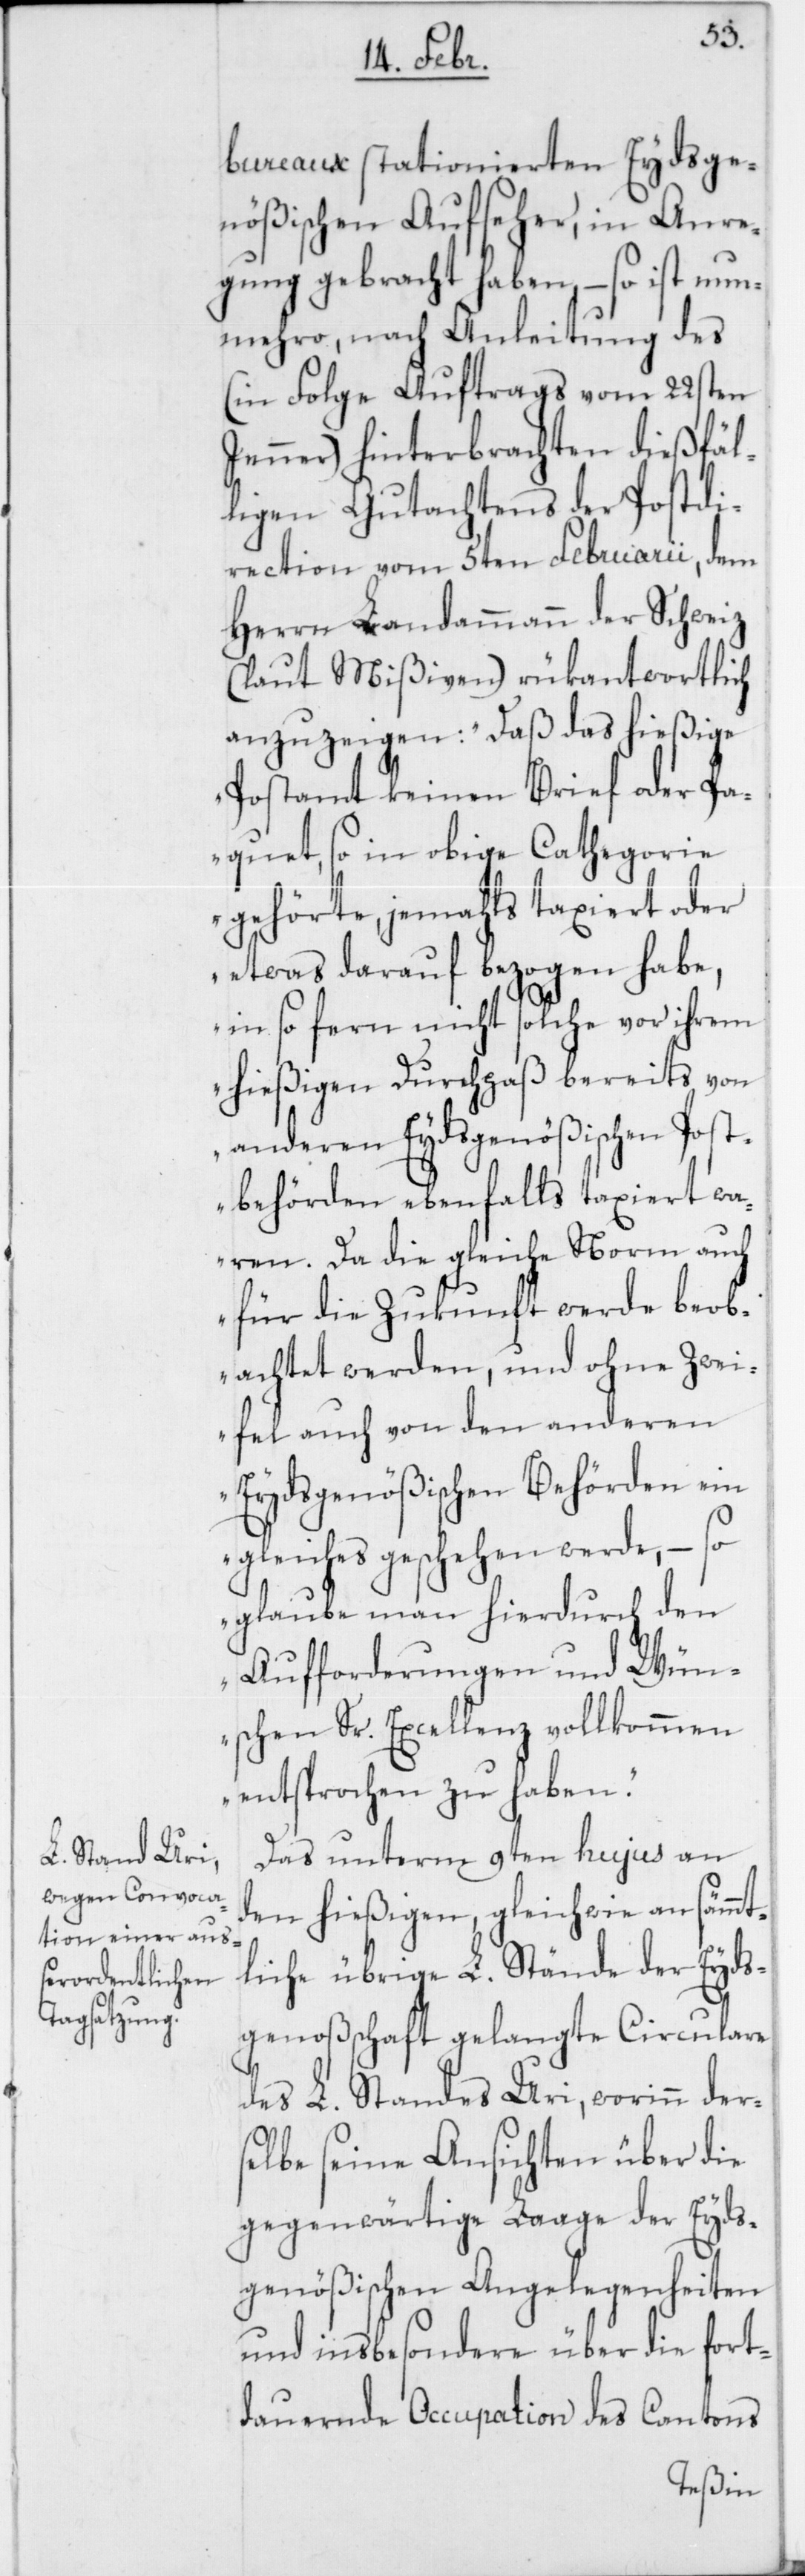
bureaux stationierten Eydsge¬
nößischen Aufseher, in Anre¬
gung gebracht haben, – so ist nun¬
mehro, nach Anleitung des
(in Folge Auftrags vom 22sten
Jenner) hinterbrachten dießfäl¬
ligen Gutachtens der Postdi¬
rection vom 5ten Februarii, dem
Herrn Landammann der Schweiz
(laut Mißiven) rükantwortlich
anzuzeigen: „Daß das hießige
Postamt keinen Brief oder Pa¬
quet, so in obige Cathegorie
gehörte, jemahls taxiert oder
etwas darauf bezogen habe,
in so fern nicht solche vor ihrem
hießigen Durchpaß bereits von
anderen Eydsgenößischen Post¬
behörden ebenfalls taxiert wa¬
ren. Da die gleiche Norm auch
für die Zukunft werde beob¬
achtet werden, und ohne Zwei¬
fel auch von den anderen
Eydsgenößischen Behörden ein
Gleiches geschehen werde, – so
glaube man hierdurch den
Aufforderungen und Wün¬
schen Sr. Excellenz vollkommen
entsprochen zu haben.“
Das unterm 9ten hujus an
den hießigen, gleichwie an sämmt¬
liche übrige L. Stände der Eyds¬
genoßenschaft gelangte Circulare
des L. Standes Uri, worinn ders¬
elbe seine Ansichten über die
gegenwärtige Laage der Eyds¬
genößischen Angelegenheiten
und insbesondere über die fort¬
dauernde Occupation des Cantons